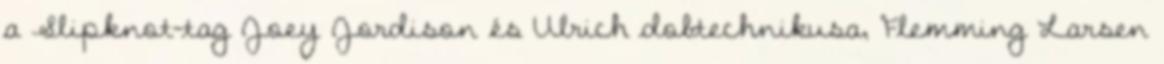
a Slipknot-tag Joey Jordison és Ulrich dobtechnikusa, Flemming Larsen